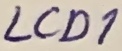
Text: LCD1